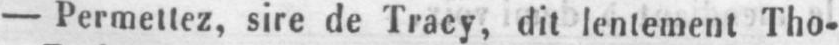
- Permettez, sire de Tracy, dit lentement Tho-